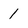
Character: 1